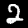
Digit: 2